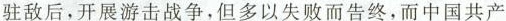
驻敌后，开展游击战争，但多以失败而告终，而中国共产